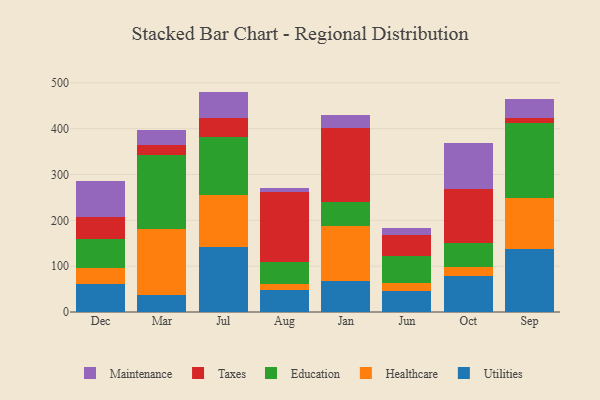
{"axis": {"x": "Month", "y": "Active Users"}, "legend": ["Education", "Healthcare", "Maintenance", "Taxes", "Utilities"], "data": [{"x": "Dec", "y": 60.7, "type": "Utilities"}, {"x": "Dec", "y": 35.4, "type": "Healthcare"}, {"x": "Dec", "y": 62.2, "type": "Education"}, {"x": "Dec", "y": 49.2, "type": "Taxes"}, {"x": "Dec", "y": 78.5, "type": "Maintenance"}, {"x": "Mar", "y": 37.1, "type": "Utilities"}, {"x": "Mar", "y": 144.7, "type": "Healthcare"}, {"x": "Mar", "y": 161.1, "type": "Education"}, {"x": "Mar", "y": 21.2, "type": "Taxes"}, {"x": "Mar", "y": 32.6, "type": "Maintenance"}, {"x": "Jul", "y": 142.4, "type": "Utilities"}, {"x": "Jul", "y": 113.4, "type": "Healthcare"}, {"x": "Jul", "y": 125.0, "type": "Education"}, {"x": "Jul", "y": 42.7, "type": "Taxes"}, {"x": "Jul", "y": 57.4, "type": "Maintenance"}, {"x": "Aug", "y": 47.3, "type": "Utilities"}, {"x": "Aug", "y": 14.5, "type": "Healthcare"}, {"x": "Aug", "y": 48.3, "type": "Education"}, {"x": "Aug", "y": 152.2, "type": "Taxes"}, {"x": "Aug", "y": 8.4, "type": "Maintenance"}, {"x": "Jan", "y": 67.9, "type": "Utilities"}, {"x": "Jan", "y": 118.8, "type": "Healthcare"}, {"x": "Jan", "y": 52.7, "type": "Education"}, {"x": "Jan", "y": 161.4, "type": "Taxes"}, {"x": "Jan", "y": 28.8, "type": "Maintenance"}, {"x": "Jun", "y": 44.9, "type": "Utilities"}, {"x": "Jun", "y": 18.2, "type": "Healthcare"}, {"x": "Jun", "y": 58.7, "type": "Education"}, {"x": "Jun", "y": 45.2, "type": "Taxes"}, {"x": "Jun", "y": 17.2, "type": "Maintenance"}, {"x": "Oct", "y": 78.7, "type": "Utilities"}, {"x": "Oct", "y": 20.4, "type": "Healthcare"}, {"x": "Oct", "y": 52.2, "type": "Education"}, {"x": "Oct", "y": 117.3, "type": "Taxes"}, {"x": "Oct", "y": 99.6, "type": "Maintenance"}, {"x": "Sep", "y": 138.5, "type": "Utilities"}, {"x": "Sep", "y": 109.9, "type": "Healthcare"}, {"x": "Sep", "y": 164.4, "type": "Education"}, {"x": "Sep", "y": 11.0, "type": "Taxes"}, {"x": "Sep", "y": 40.5, "type": "Maintenance"}]}